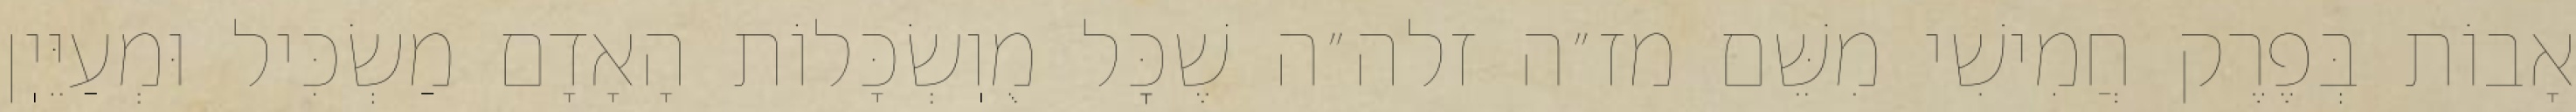
אָבוֹת בְּפֶרֶק חֲמִישִׁי מִשֵּׁם מז״ה זלה״ה שֶׁכׇּל מֻוֽשְׂכָּלוֹת הָאָדָם מַשְׂכִּיל וּמְעַיֵּיֽן